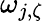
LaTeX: \omega_{j,\zeta}